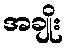
အချိုး